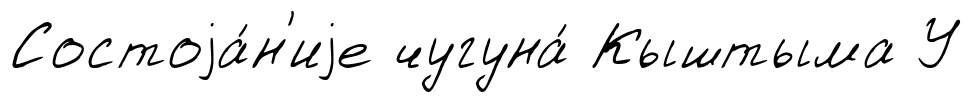
Состоjа́н'иjе чугуна́ Кыштыма У